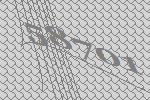
58701